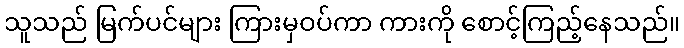
သူသည် မြက်ပင်များ ကြားမှဝပ်ကာ ကားကို စောင့်ကြည့်နေသည်။